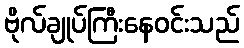
ဗိုလ်ချုပ်ကြီးနေဝင်းသည်